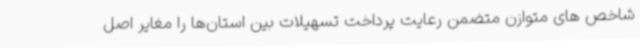
شاخص های متوازن متضمن رعایت پرداخت تسهیلات بین استان‌ها را مغایر اصل